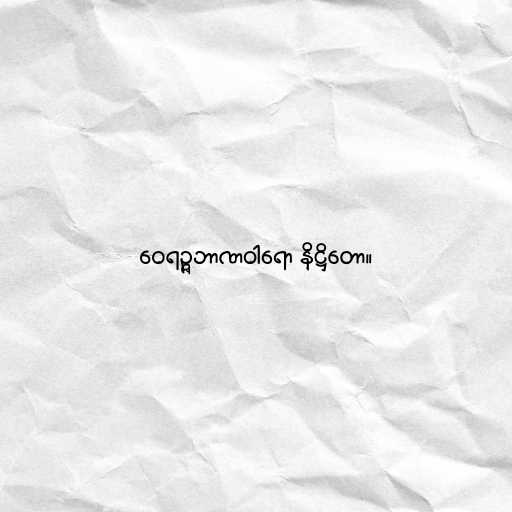
ဝေရဉ္ဇဘာဏဝါရော နိဋ္ဌိတော။